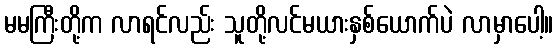
မမကြီးတို့က လာရင်လည်း သူတို့လင်မယားနှစ်ယောက်ပဲ လာမှာပေါ့။